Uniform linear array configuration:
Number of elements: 32
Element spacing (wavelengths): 0.5
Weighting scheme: kaiser
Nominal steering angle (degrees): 15
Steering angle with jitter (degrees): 13.309
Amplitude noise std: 0.05
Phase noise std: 0.05

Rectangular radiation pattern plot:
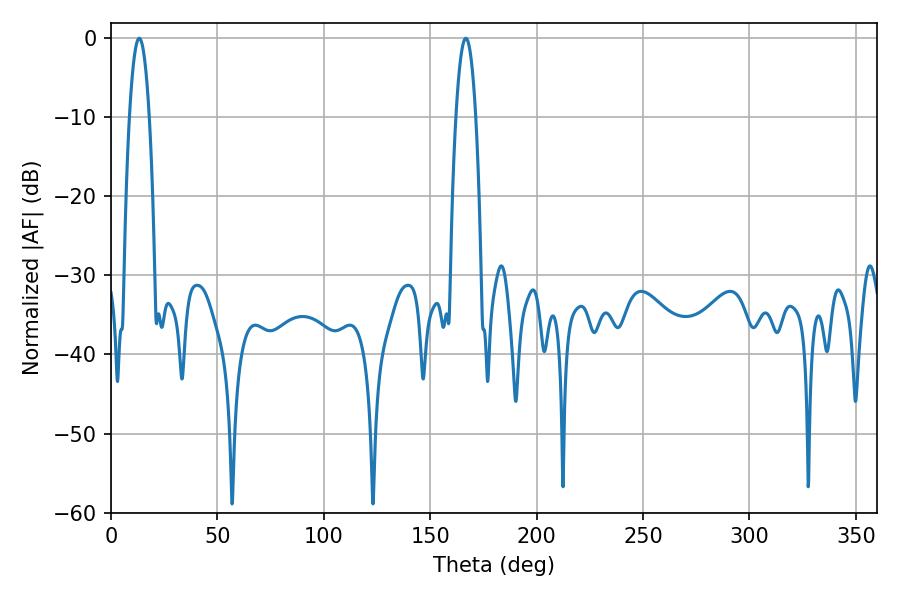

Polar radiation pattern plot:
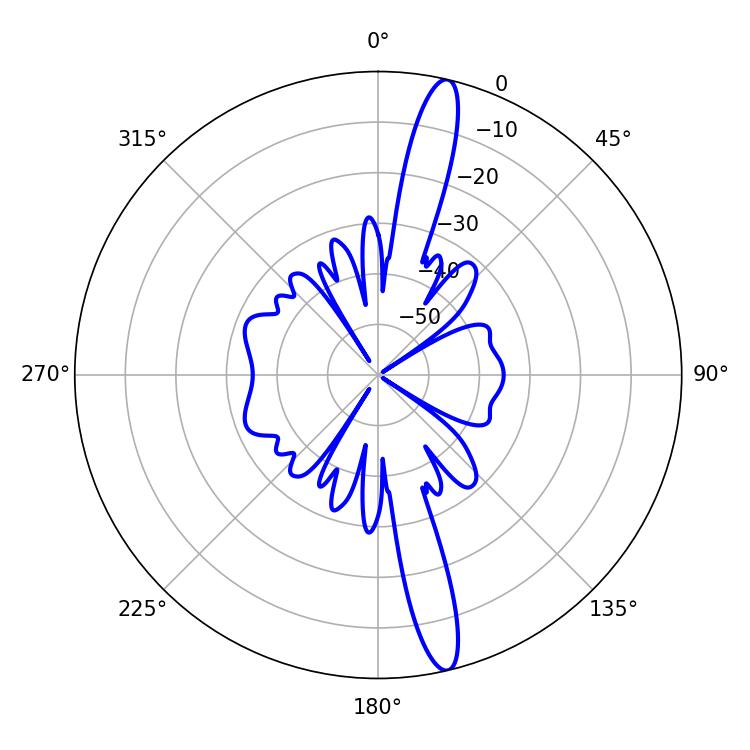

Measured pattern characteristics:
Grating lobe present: FALSE
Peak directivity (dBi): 16.548
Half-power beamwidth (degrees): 5.04
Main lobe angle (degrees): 13.32